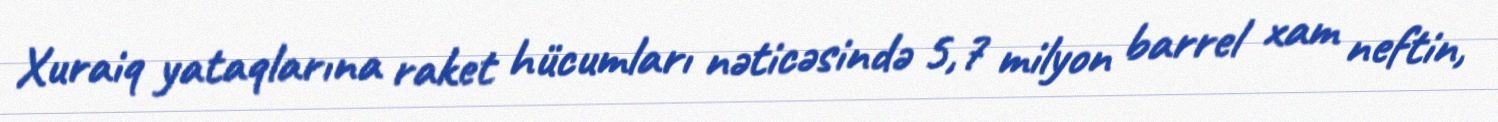
Xuraiq yataqlarına raket hücumları nəticəsində 5,7 milyon barrel xam neftin,